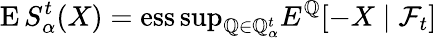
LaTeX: \operatorname{E}S_{\alpha}^{t}(X)=\operatorname{ess\operatorname*{sup}}_{\mathbb{Q}\in{\mathcal{{\mathbb{Q}}}}_{\alpha}^{t}}E^{\mathbb{Q}}[-X\mid{\mathcal{{F}}}_{t}]